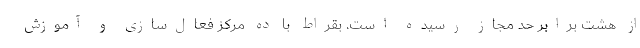
از هشت برابر حد مجاز رسیده است. بقراط با ده مرکز فعال‌سازی و آموزش